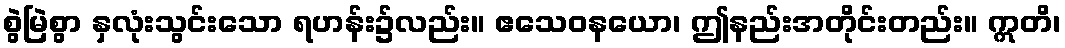
စွဲမြဲစွာ နှလုံးသွင်းသော ရဟန်း၌လည်း။ ဧသေဝနယော၊ ဤနည်းအတိုင်းတည်း။ ဣတိ၊